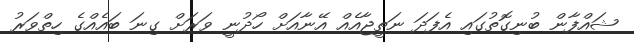
ޝައްފާން ބުނިގޮތުގައި އެފަދަ ނަތީޖާއެއް އޭނާއަށް ހޯދުނީ ވަރަށް ގިނަ ބައެއްގެ ހިތްވަރު